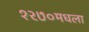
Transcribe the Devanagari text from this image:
१२७०मधला